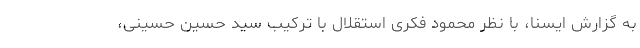
به گزارش ایسنا، با نظر محمود فکری استقلال با ترکیب سید حسین حسینی،